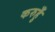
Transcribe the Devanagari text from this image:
करुहुँ